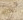
نواة